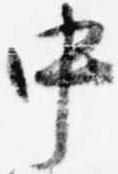
中